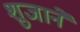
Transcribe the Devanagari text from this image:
शुजाने